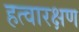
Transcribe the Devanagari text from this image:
हत्वारक्षण